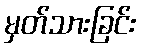
မှတ်သားခြင်း